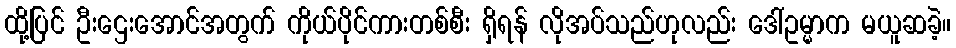
ထို့ပြင် ဦးဌေးအောင်အတွက် ကိုယ်ပိုင်ကားတစ်စီး ရှိရန် လိုအပ်သည်ဟုလည်း ဒေါ်ဥမ္မာက မယူဆခဲ့။